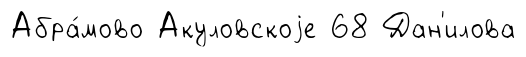
Абра́мово Акуловскоjе 68 Дан'илова